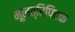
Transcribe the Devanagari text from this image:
मूलत्रिपिटक